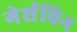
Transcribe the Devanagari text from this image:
गेर्शविन